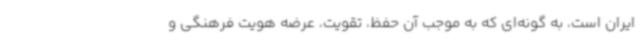
ایران است، به گونه‌ای که به موجب آن حفظ، تقویت، عرضه هویت فرهنگی و